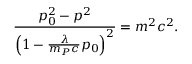
\frac { p _ { 0 } ^ { 2 } - p ^ { 2 } } { \left( 1 - \frac { \lambda } { m _ { P } c } p _ { 0 } \right) ^ { 2 } } = m ^ { 2 } c ^ { 2 } .